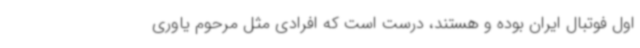
اول فوتبال ایران بوده و هستند، درست است که افرادی مثل مرحوم یاوری